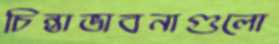
চিন্তাভাবনাগুলো